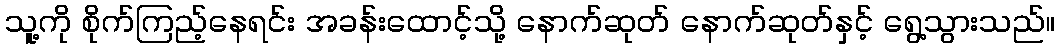
သူ့ကို စိုက်ကြည့်နေရင်း အခန်းထောင့်သို့ နောက်ဆုတ် နောက်ဆုတ်နှင့် ရွေ့သွားသည်။